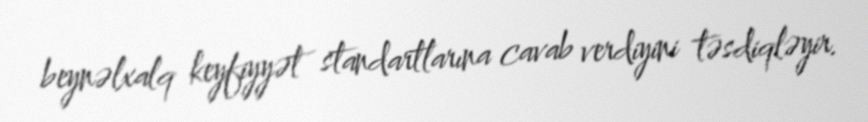
beynəlxalq keyfiyyət standartlarına cavab verdiyini təsdiqləyir.